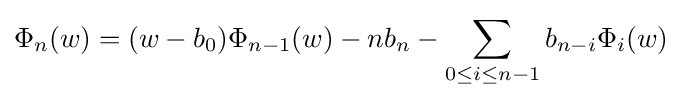
\Phi _{n}(w)=(w-b_{0})\Phi _{n-1}(w)-nb_{n}-\sum _{0\leq i\leq n-1}b_{n-i}\Phi _{i}(w)